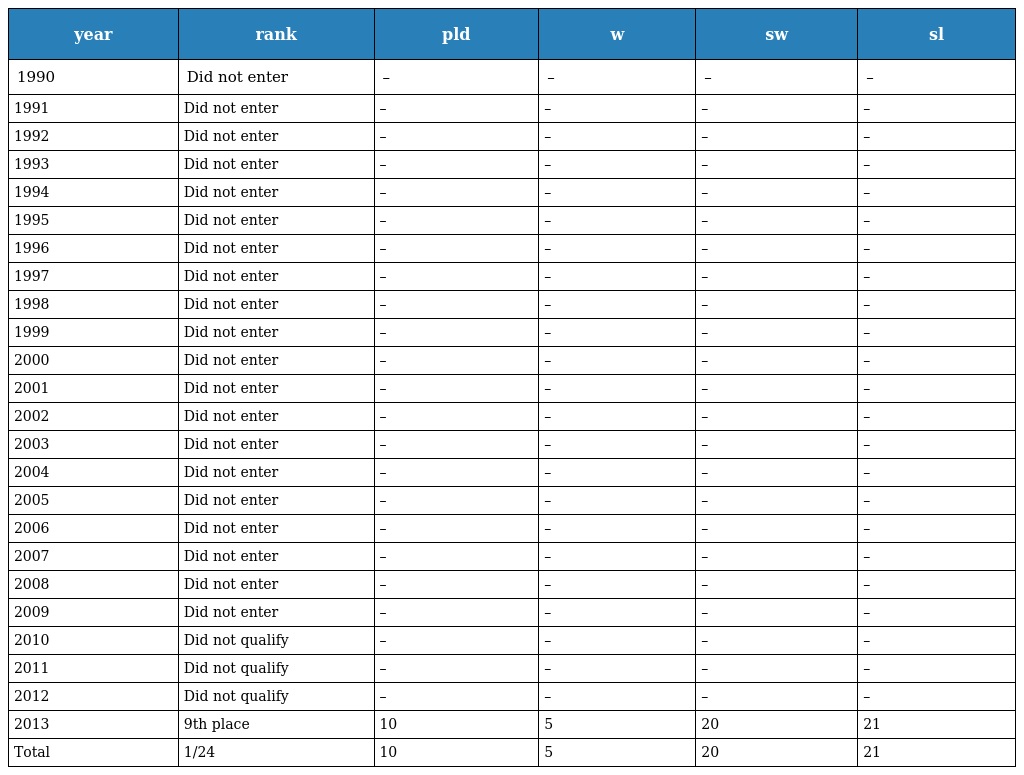
| year | rank | pld | w | sw | sl |
 | --- | --- | --- | --- | --- | --- |
 | 1990 | Did not enter | – | – | – | – |
 | 1991 | Did not enter | – | – | – | – |
 | 1992 | Did not enter | – | – | – | – |
 | 1993 | Did not enter | – | – | – | – |
 | 1994 | Did not enter | – | – | – | – |
 | 1995 | Did not enter | – | – | – | – |
 | 1996 | Did not enter | – | – | – | – |
 | 1997 | Did not enter | – | – | – | – |
 | 1998 | Did not enter | – | – | – | – |
 | 1999 | Did not enter | – | – | – | – |
 | 2000 | Did not enter | – | – | – | – |
 | 2001 | Did not enter | – | – | – | – |
 | 2002 | Did not enter | – | – | – | – |
 | 2003 | Did not enter | – | – | – | – |
 | 2004 | Did not enter | – | – | – | – |
 | 2005 | Did not enter | – | – | – | – |
 | 2006 | Did not enter | – | – | – | – |
 | 2007 | Did not enter | – | – | – | – |
 | 2008 | Did not enter | – | – | – | – |
 | 2009 | Did not enter | – | – | – | – |
 | 2010 | Did not qualify | – | – | – | – |
 | 2011 | Did not qualify | – | – | – | – |
 | 2012 | Did not qualify | – | – | – | – |
 | 2013 | 9th place | 10 | 5 | 20 | 21 |
 | Total | 1/24 | 10 | 5 | 20 | 21 |